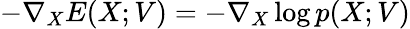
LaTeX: -\nabla_{{X}}E({X;{V}})=-\nabla_{X}\log p(X;{V})